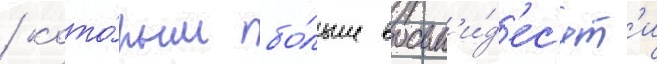
/ кото́рым бо́льше восьм'и́д'ес'ят'и